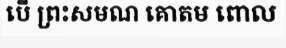
បើ ព្រះសមណ គោតម ពោល